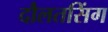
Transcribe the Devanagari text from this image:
दौलतसिंग